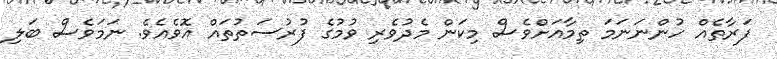
ފަރާތެއް ހުންނަނަމަ ތިމާއަށްވެސް މިކަން މެދުވެރި ވުމުގެ ފުރުސަތުތައް އޮވެއެވެ. ނަމަވެސް ބަލި